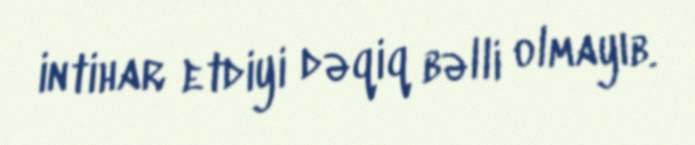
intihar etdiyi dəqiq bəlli olmayıb.